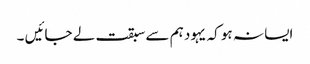
ایسا نہ ہو کہ یہود ہم سے سبقت لے جائیں ۔